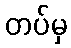
တပ်မှ